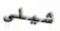
شيلي